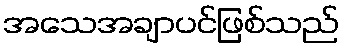
အသေအချာပင်ဖြစ်သည်